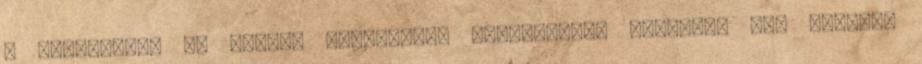
a halételek, de vannak mindenféle hagyományos állatok, sőt szarvas